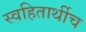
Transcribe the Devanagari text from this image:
स्वहितार्थीच